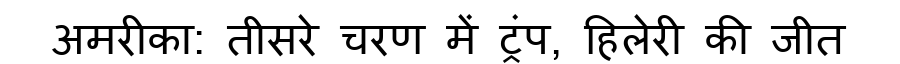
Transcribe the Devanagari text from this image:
अमरीका: तीसरे चरण में ट्रंप, हिलेरी की जीत